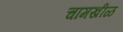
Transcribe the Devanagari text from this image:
चामखीळ